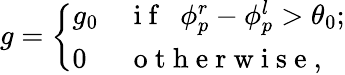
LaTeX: g=\left\{ \begin{array}{ll}{g_{0}}&{\mathrm{~i~f~~~}\phi_{p}^{r}-\phi_{p}^{l}>\theta_{0};}\\ {0}&{\mathrm{~o~t~h~e~r~w~i~s~e~},}\end{array}\right.